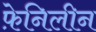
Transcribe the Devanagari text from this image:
फ़ेनिलीन